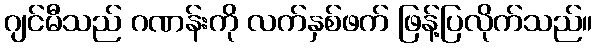
ဂျင်မီသည် ဂဏန်းကို လက်နှစ်ဖက် ဖြန့်ပြလိုက်သည်။